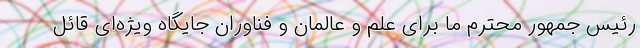
رئیس جمهور محترم ما برای علم و عالمان و فناوران جایگاه ویژه‌ای قائل